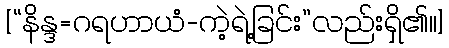
[“နိန္ဒ=ဂရဟာယံ-ကဲ့ရဲ့ခြင်း”လည်းရှိ၏၊၊]